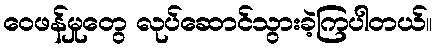
ဝေဖန်မှုတွေ လုပ်ဆောင်သွားခဲ့ကြပါတယ်။